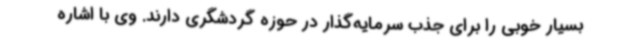
بسیار خوبی را برای جذب سرمایه‌گذار در حوزه گردشگری دارند. وی با اشاره